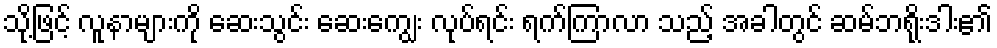
သို့ဖြင့် လူနာများကို ဆေးသွင်း ဆေးကျွေး လုပ်ရင်း ရက်ကြာလာ သည့် အခါတွင် ဆမ်ဘရိုးဒါး၏